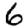
Digit: 6